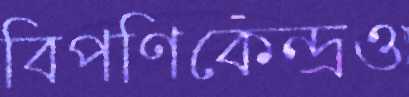
বিপণিকেন্দ্রও